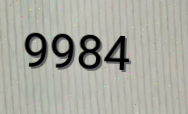
9984